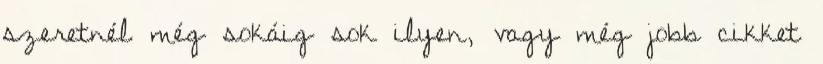
szeretnél még sokáig sok ilyen, vagy még jobb cikket